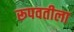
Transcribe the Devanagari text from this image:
रूपवतीला